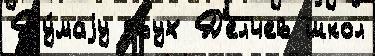
Ду́маjу двух Д'елчев школ